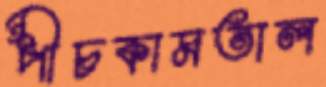
পীচকামতাল